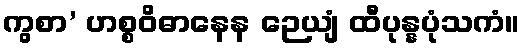
ကွစာ’ ဟစ္စဝိဓာနေန ဉေယျံ ထီပုန္နပုံသကံ။